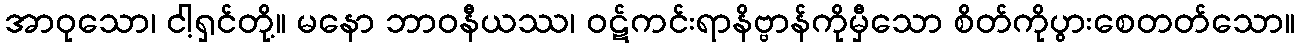
အာဝုသော၊ ငါ့ရှင်တို့။ မနော ဘာဝနီယဿ၊ ဝဋ်ကင်းရာနိဗ္ဗာန်ကိုမှီသော စိတ်ကိုပွားစေတတ်သော။